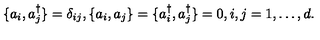
\{ a _ { i } , a _ { j } ^ { \dagger } \} = \delta _ { i j } , \{ a _ { i } , a _ { j } \} = \{ a _ { i } ^ { \dagger } , a _ { j } ^ { \dagger } \} = 0 , i , j = 1 , \ldots , d .